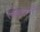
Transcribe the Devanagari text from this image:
लँकेशायरने